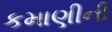
કમાણીની